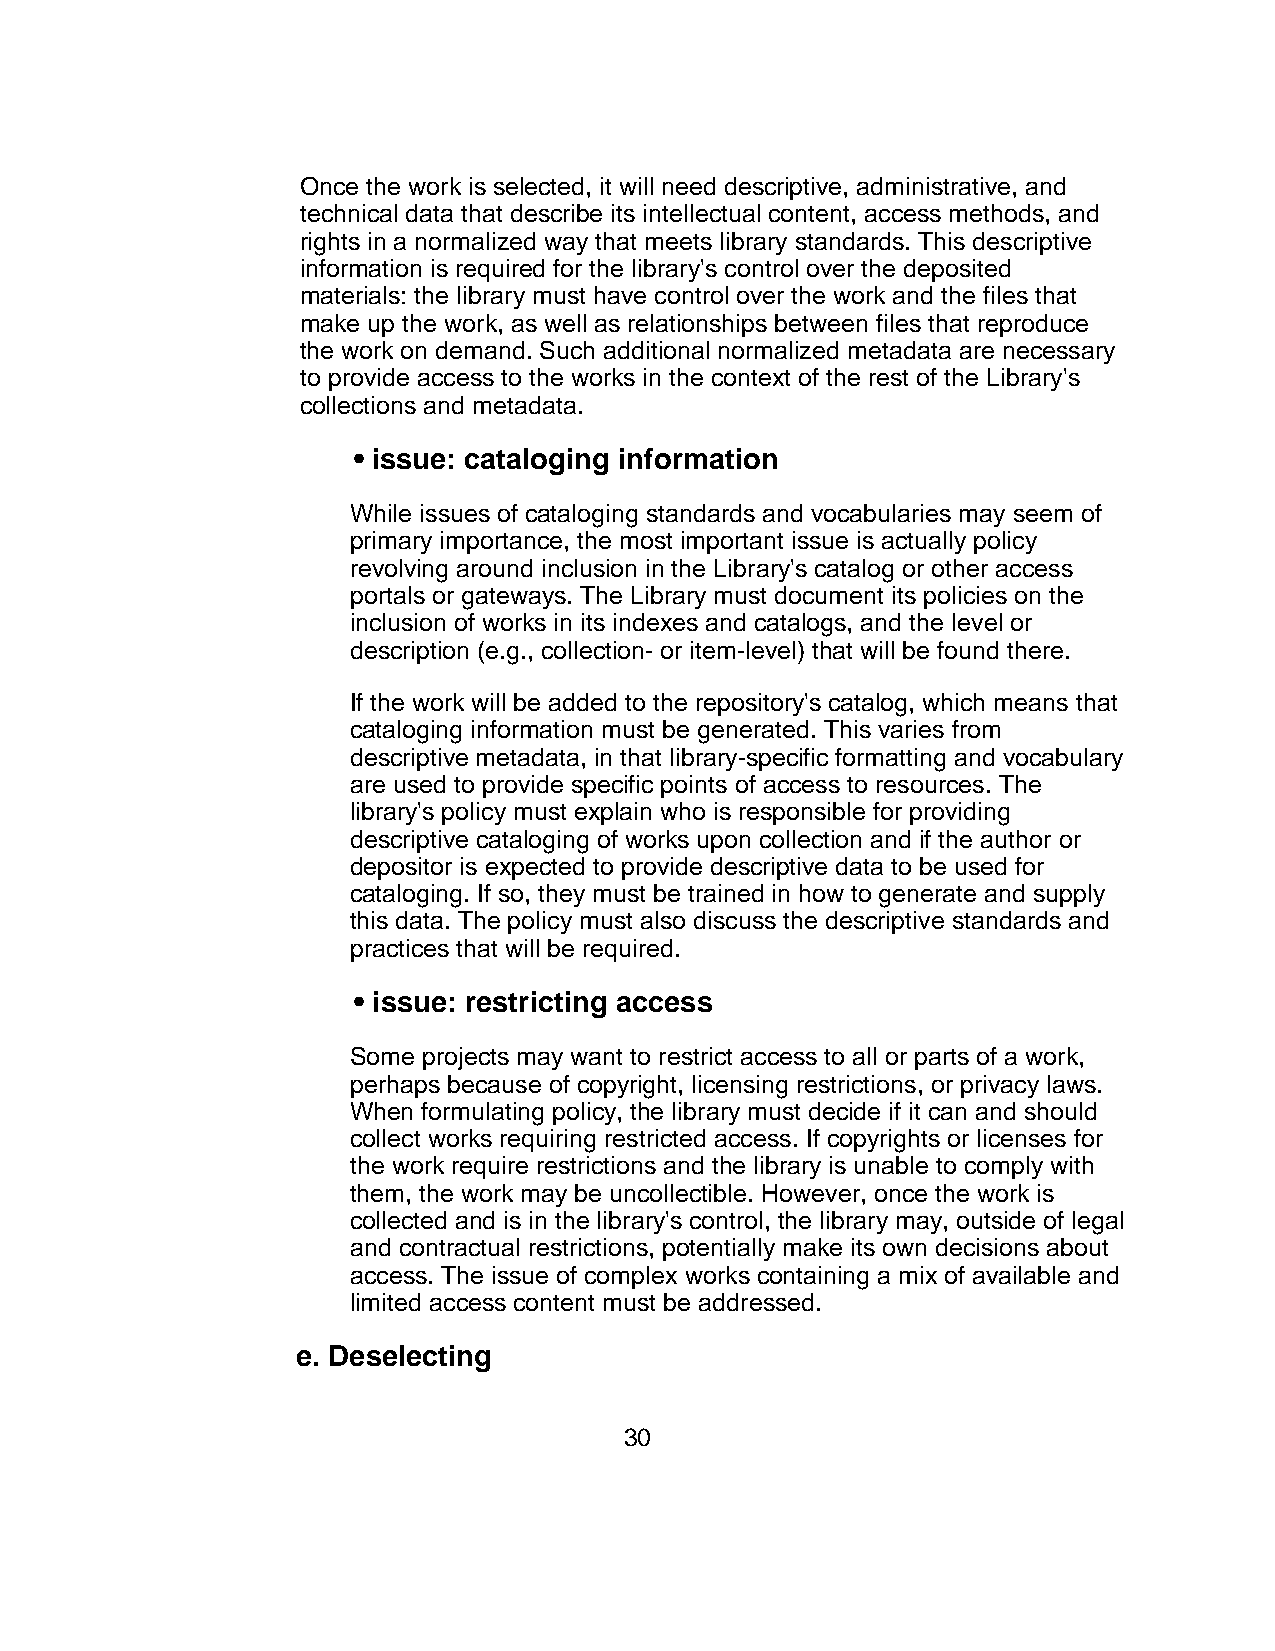
Once the work is selected, it will need descriptive, administrative, and
 technical data that describe its intellectual content, access methods, and
 rights in a normalized way that meets library standards. This descriptive
 information is required for the library's control over the deposited
 materials: the library must have control over the work and the files that
 make up the work, as well as relationships between files that reproduce
 the work on demand. Such additional normalized metadata are necessary
 to provide access to the works in the context of the rest of the Library's
 collections and metadata.
 • issue: cataloging information
 While issues of cataloging standards and vocabularies may seem of
 primary importance, the most important issue is actually policy
 revolving around inclusion in the Library's catalog or other access
 portals or gateways. The Library must document its policies on the
 inclusion of works in its indexes and catalogs, and the level or
 description (e.g., collection- or item-level) that will be found there.
 If the work will be added to the repository's catalog, which means that
 cataloging information must be generated. This varies from
 descriptive metadata, in that library-specific formatting and vocabulary
 are used to provide specific points of access to resources. The
 library's policy must explain who is responsible for providing
 descriptive cataloging of works upon collection and if the author or
 depositor is expected to provide descriptive data to be used for
 cataloging. If so, they must be trained in how to generate and supply
 this data. The policy must also discuss the descriptive standards and
 practices that will be required.
 • issue: restricting access
 Some projects may want to restrict access to all or parts of a work,
 perhaps because of copyright, licensing restrictions, or privacy laws.
 When formulating policy, the library must decide if it can and should
 collect works requiring restricted access. If copyrights or licenses for
 the work require restrictions and the library is unable to comply with
 them, the work may be uncollectible. However, once the work is
 collected and is in the library's control, the library may, outside of legal
 and contractual restrictions, potentially make its own decisions about
 access. The issue of complex works containing a mix of available and
 limited access content must be addressed.
 e. Deselecting
 30